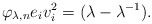
\begin{align*}\varphi_{\lambda,n}e_i v_i^2=(\lambda-\lambda^{-1}).\end{align*}